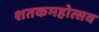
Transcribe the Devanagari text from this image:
शतकमहोत्सव